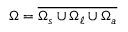
\Omega = \overline { { \Omega _ { s } \cup \Omega _ { \ell } \cup \Omega _ { a } } }